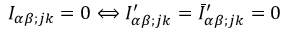
I _ { \alpha \beta ; j k } = 0 \Longleftrightarrow I _ { \alpha \beta ; j k } ^ { \prime } = \bar { I } _ { \alpha \beta ; j k } ^ { \prime } = 0